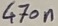
Text: 470n